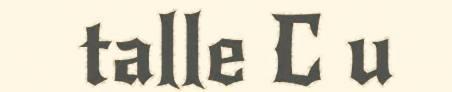
talle C u